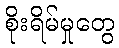
စိုးရိမ်မှုတွေ